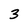
Character: 3